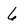
Character: 6